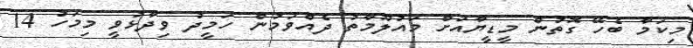
މިކަމާ ބެހޭ ގޮތުން މީޑީޔާއަށް މައުލޫމާތު ދެއްވަމުން ހަމީދު ވިދާޅުވީ މިމަހު 14